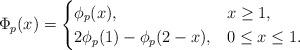
LaTeX: \begin{align*}\Phi_p(x)=\begin{cases} \phi_p(x), & x\geq 1,\\ 2\phi_p(1)-\phi_p(2-x), & 0\leq x\leq 1.\end{cases}\end{align*}